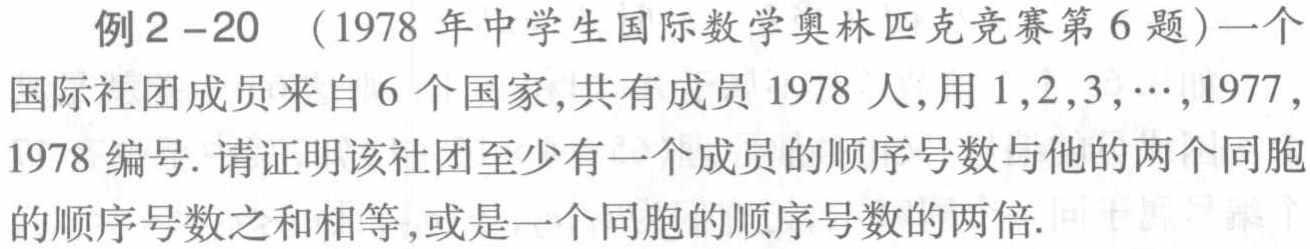
例2 - 20 （1978年中学生国际数学奥林匹克竞赛第6题）一个国际社团成员来自6个国家，共有成员1978人，用1,2,3,⋯,1977,1978编号. 请证明该社团至少有一个成员的顺序号数与他的两个同胞的顺序号数之和相等，或是一个同胞的顺序号数的两倍.